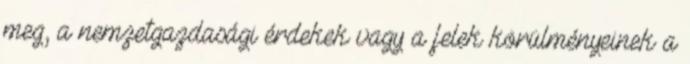
meg, a nemzetgazdasági érdekek vagy a felek körülményeinek a